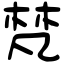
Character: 梵